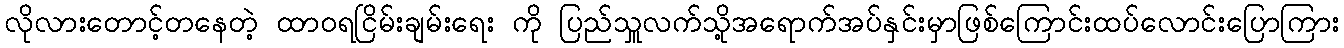
လိုလားတောင့်တနေတဲ့ ထာဝရငြိမ်းချမ်းရေး ကို ပြည်သှူလက်သို့အရောက်အပ်နှင်းမှာဖြစ်ကြောင်းထပ်လောင်းပြောကြား